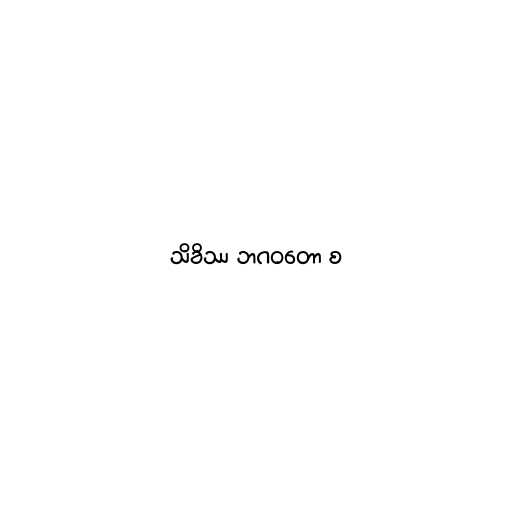
သိခိဿ ဘဂဝတော စ